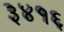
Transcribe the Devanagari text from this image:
३४१६